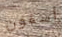
أسفون